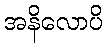
အနိလောပိ